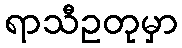
ရာသီဥတုမှာ